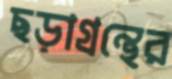
ছড়াগ্রন্থের